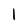
Character: l